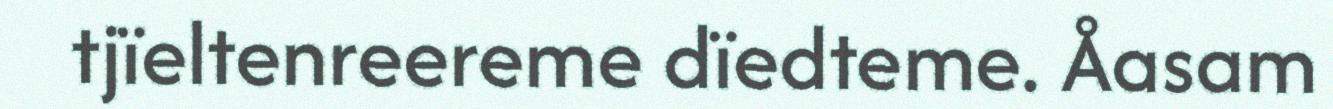
tjïeltenreereme dïedteme. Åasam